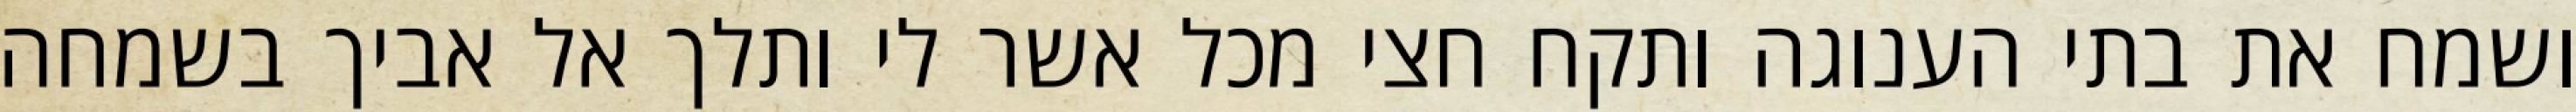
ושמח את בתי הענוגה ותקח חצי מכל אשר לי ותלך אל אביך בשמחה